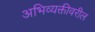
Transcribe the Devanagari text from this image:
अभिव्यक्तीवरील